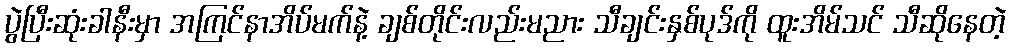
ပွဲပြီးဆုံးခါနီးမှာ အကြင်နာအိပ်မက်နဲ့ ချစ်တိုင်းလည်းမညား သီချင်းနှစ်ပုဒ်ကို ထူးအိမ်သင် သီဆိုနေတဲ့